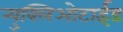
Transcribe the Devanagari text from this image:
न्युक्लिओटाईड